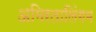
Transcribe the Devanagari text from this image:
अमिरतालिंगम